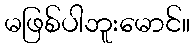
မဖြစ်ပါဘူးမောင်။